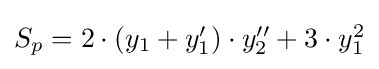
{\textstyle S_{p}=2\cdot (y_{1}+y_{1}^{\prime })\cdot y_{2}^{\prime \prime }+3\cdot y_{1}^{2}}